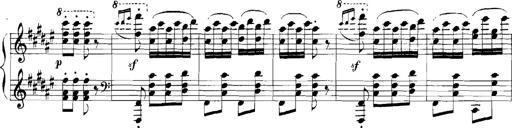
Title: Rhapsodies hongroises
Composer: Franz Liszt